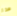
هذا